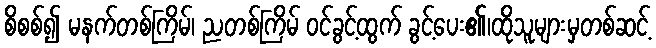
စိစစ်၍ မနက်တစ်ကြိမ်၊ ညတစ်ကြိမ် ဝင်ခွင့်ထွက် ခွင့်ပေး၏၊ထိုသူများမှတစ်ဆင့်